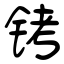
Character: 铐